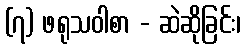
(၇) ဖရုသဝါစာ - ဆဲဆိုခြင်း၊